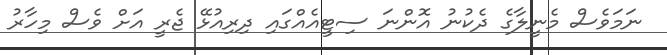
ނަމަވެސް މެނީލާގެ ދެކުނު އޮންނަ ސިޓީއެއްގައި ދިރިއުޅޭ ޖެރީ އަށް ވެސް މިހާރު